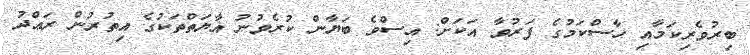
ބިރުވެރިކަމާއި ހާސްކަމުގެ ފަރުވާ އަކަށް: އިސްވެ ބަޔާން ކުރެވުނު އާޔަތްތަކުގެ އިތުރުން ރަޢްދު